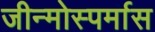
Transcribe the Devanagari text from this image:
जीन्मोस्पर्मास